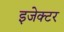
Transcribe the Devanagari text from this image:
इजेक्टर